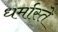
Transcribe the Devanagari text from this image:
धर्मास्ते